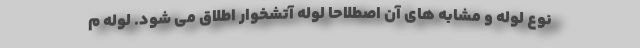
نوع لوله و مشابه های آن اصطلاحا لوله آتشخوار اطلاق می شود. لوله م